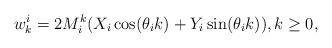
LaTeX: \begin{align*}w_k^i = 2 M_i^k ( X_i \cos (\theta_i k) + Y_i \sin (\theta_i k)), k\geq 0,\end{align*}